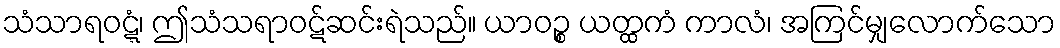
သံသာရဝဋ္ဋံ၊ ဤသံသရာဝဋ်ဆင်းရဲသည်။ ယာဝဉ္စ ယတ္ထကံ ကာလံ၊ အကြင်မျှလောက်သော